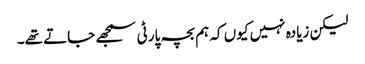
لیکن زیادہ نہیں کیوں کہ ہم بچہ پارٹی سمجھے جاتے تھے۔